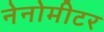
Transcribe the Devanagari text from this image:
नेनोमीटर